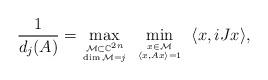
LaTeX: \begin{align*} \frac{1}{d_j (A)} = \underset{{\mathcal{M} \subset \mathbb{C}^{2n}}\atop{\dim \mathcal{M}=j}}{\max} \,\,\,\underset{{x \in \mathcal{M}} \atop{\langle x, Ax \rangle = 1}}{\min} \,\,\, \langle x, i J x \rangle, \end{align*}